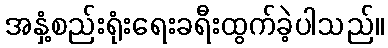
အနှံ့စည်းရုံးရေးခရီးထွက်ခဲ့ပါသည်။